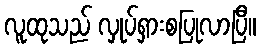
လူထုသည် လှုပ်ရှားစပြုလာပြီ။